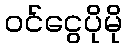
ဝင်ငွေပိုမို